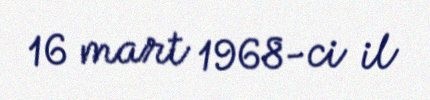
16 mart 1968-ci il